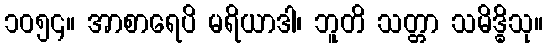
၁၀၅၄။ အာစာရေပိ မရိယာဒါ၊ ဘူတိ သတ္တာ သမိဒ္ဓိသု။